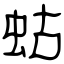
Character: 蛄